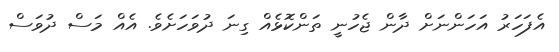
އެފަހަރު އަހަންނަށް ދާން ޖެހުނީ ތަންކޮޅެއް ގިނަ ދުވަހަށެވެ. އެއް މަސް ދުވަސް